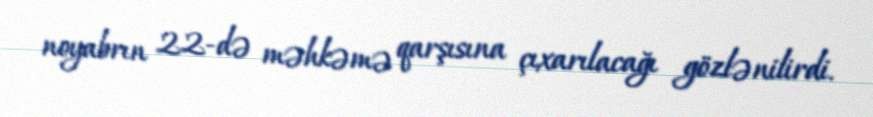
noyabrın 22-də məhkəmə qarşısına çıxarılacağı gözlənilirdi.